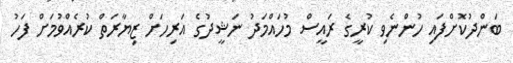
ބަންދުކޮށްފައި ހުންނެވި ކުރީގެ ރައީސް މުހައްމަދު ނަޝީދުގެ އަރިހަށް ޒިޔާރަތް ކުރެއްވުމަށް ފަހު